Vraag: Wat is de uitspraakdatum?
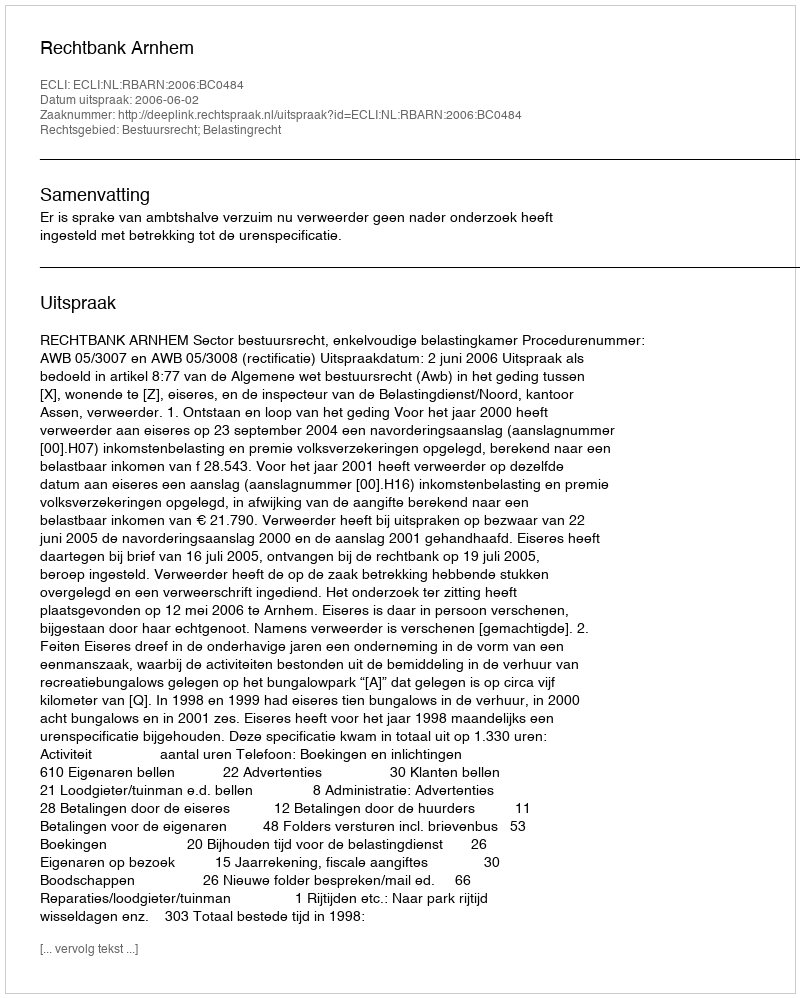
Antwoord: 2006-06-02